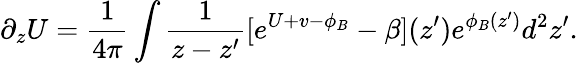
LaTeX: \partial_{z}U=\frac{1}{4\pi}\int\frac{1}{z-z^{\prime}}[e^{U+v-\phi_{B}}-\beta](z^{\prime})e^{\phi_{B}(z^{\prime})}d^{2}z^{\prime}.